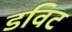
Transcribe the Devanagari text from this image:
डविट